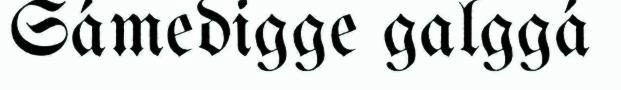
Sámedigge galggá